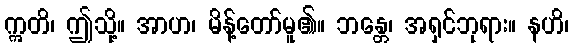
ဣတိ၊ ဤသို့။ အာဟ၊ မိန့်တော်မူ၏။ ဘန္တေ၊ အရှင်ဘုရား။ နဟိ၊